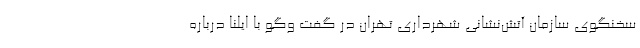
سخنگوی سازمان آتش‌نشانی شهرداری تهران در گفت وگو با ایلنا درباره